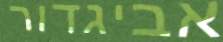
אביגדור